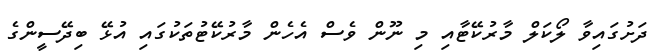
ދަށުގައިވާ ލޯކަލް މާރުކޭޓާއި މި ނޫން ވެސް އެހެން މާރުކޭޓުތަކުގައި އުޅޭ ބިދޭސީންގެ